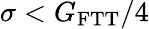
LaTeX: \sigma<G_{\mathrm{FTT}}/4